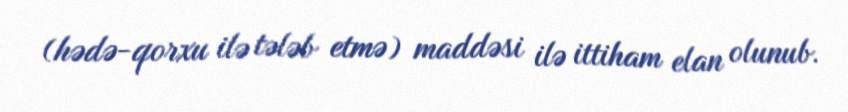
(hədə-qorxu ilə tələb etmə) maddəsi ilə ittiham elan olunub.